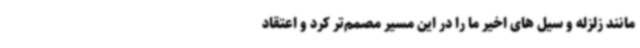
مانند زلزله و سیل های اخیر ما را در این مسیر مصمم‌تر کرد و اعتقاد